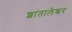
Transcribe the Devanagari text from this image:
शांतालेश्वर